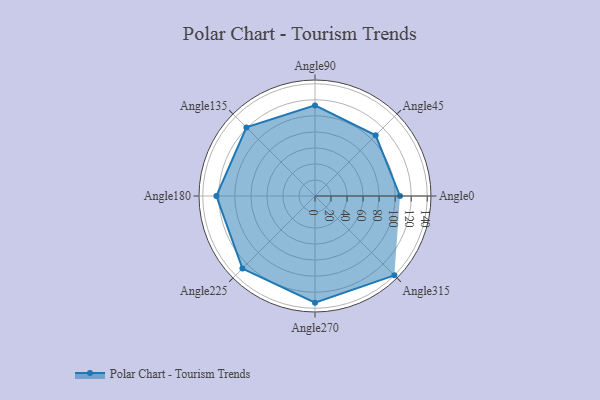
{"axis": {"x": "Angle", "y": "Radius"}, "legend": [""], "data": [{"x": "Angle0", "y": 106.0, "type": ""}, {"x": "Angle45", "y": 107.0, "type": ""}, {"x": "Angle90", "y": 113.0, "type": ""}, {"x": "Angle135", "y": 121.0, "type": ""}, {"x": "Angle180", "y": 123.0, "type": ""}, {"x": "Angle225", "y": 128.0, "type": ""}, {"x": "Angle270", "y": 133.0, "type": ""}, {"x": "Angle315", "y": 140.0, "type": ""}]}